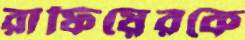
রাফিয়েরকে